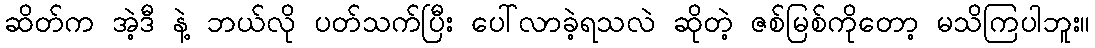
ဆိတ်က အဲ့ဒီ နဲ့ ဘယ်လို ပတ်သက်ပြီး ပေါ်လာခဲ့ရသလဲ ဆိုတဲ့ ဇစ်မြစ်ကိုတော့ မသိကြပါဘူး။